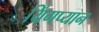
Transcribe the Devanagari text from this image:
यिंगप्यान